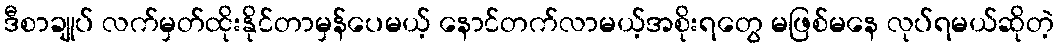
ဒီစာချုပ် လက်မှတ်ထိုးနိုင်တာမှန်ပေမယ့် နောင်တက်လာမယ့်အစိုးရတွေ မဖြစ်မနေ လုပ်ရမယ်ဆိုတဲ့